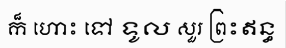
ក៏ ហោះ ទៅ ទូល សួរ ព្រះឥន្ធ